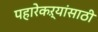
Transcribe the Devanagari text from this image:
पहारेकऱ्यांसाठी